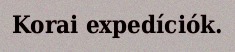
Korai expedíciók.